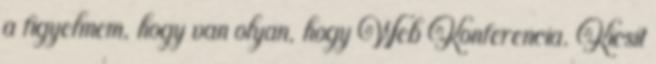
a figyelmem, hogy van olyan, hogy Web Konferencia. Kicsit